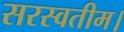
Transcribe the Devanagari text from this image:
सरस्वतीम।